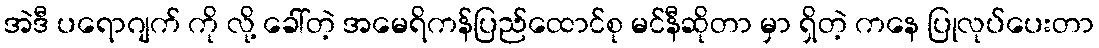
အဲဒီ ပရောဂျက် ကို လို့ ခေါ်တဲ့ အမေရိကန်ပြည်ထောင်စု မင်နီဆိုတာ မှာ ရှိတဲ့ ကနေ ပြုလုပ်ပေးတာ